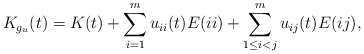
\begin{align*}K_{g_u}(t)=K(t) + \sum_{i=1}^{m}u_{ii}(t)E(ii)+\sum_{1 \leq i<j}^{m}u_{ij}(t)E(ij),\end{align*}